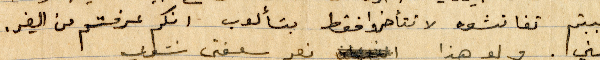
احببتم تناقشوه ولا تتأخروا فقط بتألوب اكم عرفتم من الغير.